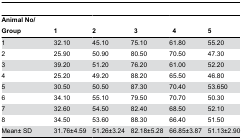
<table><thead><tr><td><b>Animal No/ Group</b></td><td><b>1</b></td><td><b>2</b></td><td><b> 3</b></td><td><b> 4</b></td><td><b>5</b></td></tr></thead><tbody><tr><td>1</td><td>32.10</td><td>45.10</td><td>75.10</td><td>61.80</td><td>55.20</td></tr><tr><td>2</td><td>25.90</td><td>50.90</td><td>80.50</td><td>70.50</td><td>47.30</td></tr><tr><td>3</td><td>39.20</td><td>51.20</td><td>76.20</td><td>61.00</td><td>52.20</td></tr><tr><td>4</td><td>25.20</td><td>49.20</td><td>88.20</td><td>65.50</td><td>46.80</td></tr><tr><td>5</td><td>30.50</td><td>50.50</td><td>87.30</td><td>70.40</td><td>53.650</td></tr><tr><td>6</td><td>34.10</td><td>55.10</td><td>79.50</td><td>70.70</td><td>50.30</td></tr><tr><td>7</td><td>32.60</td><td>54.50</td><td>82.40</td><td>68.50</td><td>52.10</td></tr><tr><td>8</td><td>34.50</td><td>53.60</td><td>88.30</td><td>66.40</td><td>51.50</td></tr><tr><td>Mean± SD</td><td>31.76±4.59</td><td>51.26±3.24</td><td>82.18±5.28</td><td>66.85±3.87</td><td>51.13±2.90</td></tr></tbody></table>